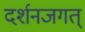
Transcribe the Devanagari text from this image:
दर्शनजगत्